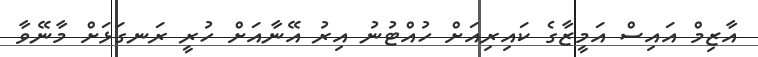
އާޒިމް އައިސް އަމީޒާގެ ކައިރިއަށް ހުއްޓުނު އިރު އޭނާއަށް ހުރީ ރަނގަޅަށް މާނޭވާ